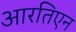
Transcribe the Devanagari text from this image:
आरतिएन